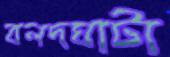
বলদঘাটা